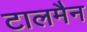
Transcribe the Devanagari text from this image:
टालमैन